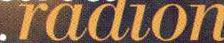
radion